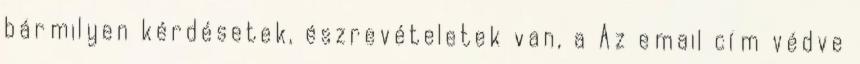
bármilyen kérdésetek, észrevételetek van, a Az email cím védve